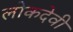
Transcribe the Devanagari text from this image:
लोकदेवी